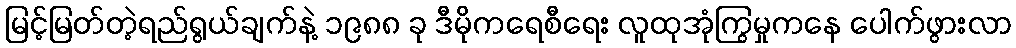
မြင့်မြတ်တဲ့ရည်ရွယ်ချက်နဲ့ ၁၉၈၈ ခု ဒီမိုကရေစီရေး လူထုအုံကြွမှုကနေ ပေါက်ဖွားလာ